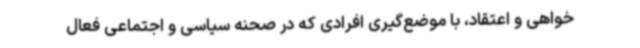
خواهی و اعتقاد، با موضع‌گیری افرادی که در صحنه سیاسی و اجتماعی فعال